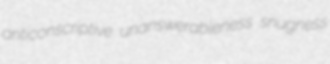
anticonscriptive unanswerableness snugness